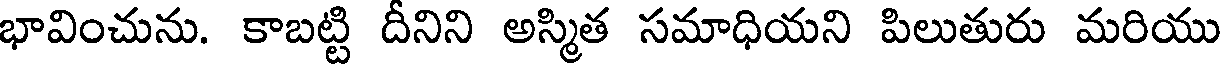
భావించును. కాబట్టి దీనిని అస్మిత సమాధియని పిలుతురు మరియు